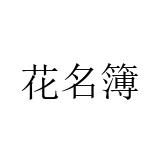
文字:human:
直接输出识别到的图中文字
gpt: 花名簿